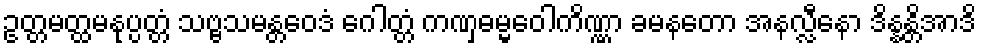
ဥတ္တမတ္ထမနုပ္ပတ္တံ သဗ္ဗသမန္တဝေဒံ ဂေါတ္တံ ကဏှဓမ္မဝေါကိဏ္ဏာ ခမနတော အနလ္လီနော ဒိန္နန္တိအာဒိ